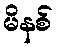
မိနစ်